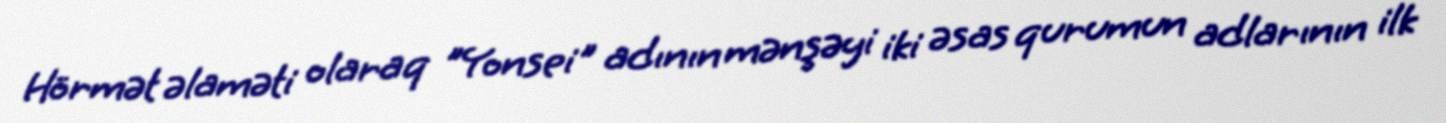
Hörmət əlaməti olaraq "Yonsei" adının mənşəyi iki əsas qurumun adlarının ilk